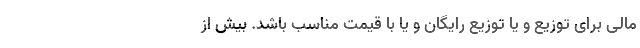
مالی برای توزیع و یا توزیع رایگان و یا با قیمت مناسب باشد. بیش از